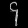
Digit: ၄